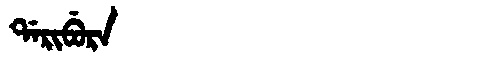
Manchu: ᡩᠠᡵᡳᠪᡠᡵᠠ
Romanization: DARIBURA